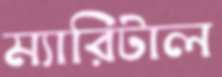
ম্যারিটাল